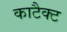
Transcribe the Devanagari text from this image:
काटैक्ट